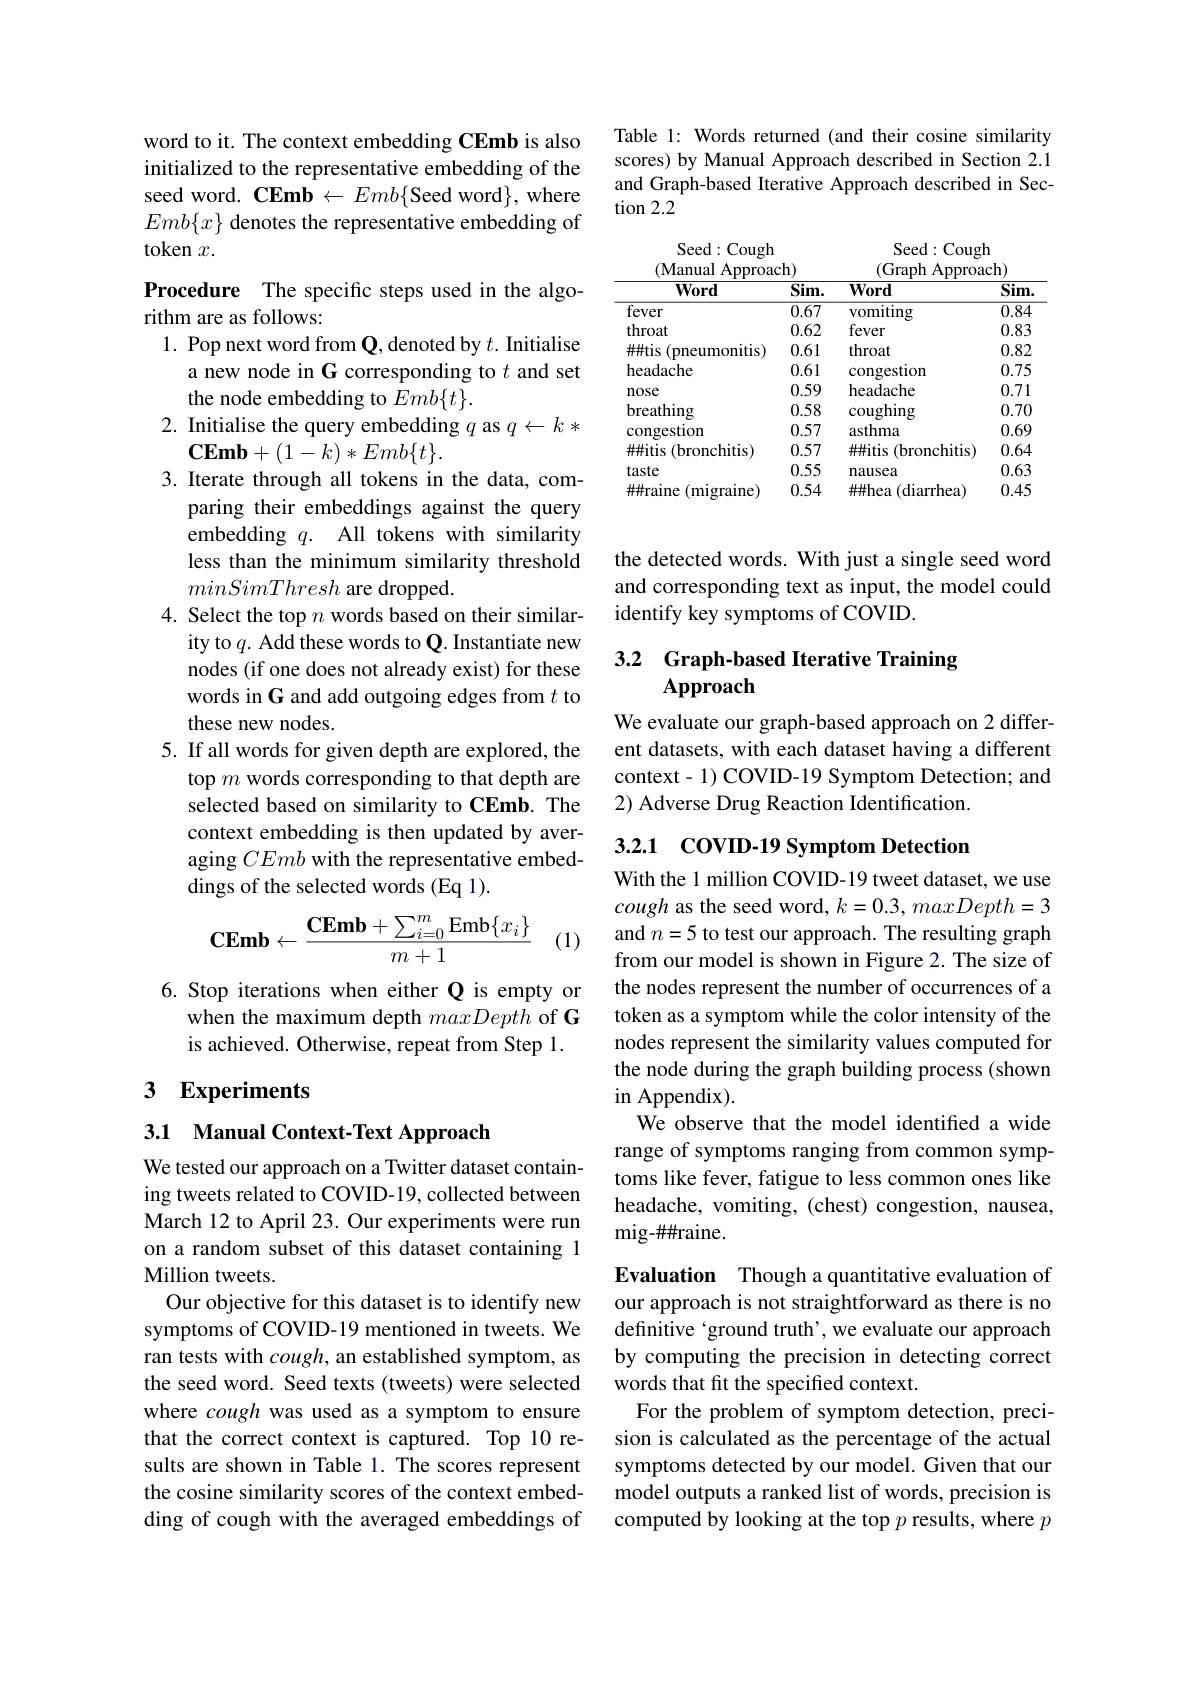
word to it. The context embedding CEmb is also initialized to the representative embedding of the seed word. CEmb$\leftarrow Emb\{$Seed word$\}$,where $Emb\{x\}$ denotes the representative embedding of token $x.$

Procedure The specific steps used in the algo-
rithm are as follows:
1. Pop next word from $\mathbf{Q}$, denoted by $t.$ Initialise
a new node in G corresponding to $t$ and set
the node embedding to $Emb\{t\}.$
2. Initialise the query embedding $q$ as $q\leftarrow k*$
$\mathbf{CEmb}+(1-k)*Emb\{t\}.$
3. Iterate through all tokens in the data, com-
paring their embeddings against the query embedding $q.$ All tokens with similarity less than the minimum similarity threshold minSimThresh are dropped.
4. Select the top $n$ words based on their similar-
ity to $q.$ Add these words to Q. Instantiate new nodes (if one does not already exist) for these words in G and add outgoing edges from $t$ to these new nodes.
5. If all words for given depth are explored, the
top $m$ words corresponding to that depth are selected based on similarity to CEmb. The context embedding is then updated by averaging CEmb with the representative embeddings of the selected words (Eq 1).
$$\mathbf{CEmb}\leftarrow\frac{\mathbf{CEmb}+\sum_{i=0}^{m}\mathbf{Emb}\{x_{i}\}}{m+1}$$
(1)

6. Stop iterations when either Q is empty or
when the maximum depth maxDepth of G
is achieved. Otherwise, repeat from Step 1.

## 3 Experiments

## 3.1 Manual Context-Text Approach

We tested our approach on a Twitter dataset containing tweets related to COVID-19, collected between March 12 to April 23. Our experiments were run on a random subset of this dataset containing 1 Million tweets.
Our objective for this dataset is to identify new symptoms of COVID-19 mentioned in tweets. We ran tests with cough, an established symptom, as the seed word. Seed texts (tweets) were selected where cough was used as a symptom to ensure that the correct context is captured. Top 10 results are shown in Table 1. The scores represent the cosine similarity scores of the context embedding of cough with the averaged embeddings of

Table 1: Words returned (and their cosine similarity scores) by Manual Approach described in Section 2.1 and Graph-based Iterative Approach described in Section 2.2

Seed: Cough
Seed: Cough (Manual Approach)
(Graph Approach)
<table>
	<tbody>
		<tr>
			<th>Word</th>
			<th>$\overline{\mathrm{Sim.}}$</th>
			<th>Word</th>
			<th>$\overline{\mathbf{Sim}}.$</th>
		</tr>
		<tr>
			<td>fever</td>
			<td>0.67</td>
			<td>vomiting</td>
			<td>0.84</td>
		</tr>
		<tr>
			<td>throat</td>
			<td>0.62</td>
			<td>fever</td>
			<td>0.83</td>
		</tr>
		<tr>
			<td>$\#\#$tis (pneumonitis)</td>
			<td>0.61</td>
			<td>throat</td>
			<td>0.82</td>
		</tr>
		<tr>
			<td>headache</td>
			<td>0.61</td>
			<td>congestion</td>
			<td>0.75</td>
		</tr>
		<tr>
			<td>nose</td>
			<td>0.59</td>
			<td>headache</td>
			<td>0.71</td>
		</tr>
		<tr>
			<td>breathing</td>
			<td>0.58</td>
			<td>$\operatorname{coughing}$</td>
			<td>0.70</td>
		</tr>
		<tr>
			<td>congestion</td>
			<td>0.57</td>
			<td>asthma</td>
			<td>0.69</td>
		</tr>
		<tr>
			<td>$\#\#itis$ s (bronchitis)</td>
			<td>0.57</td>
			<td>$\#\#$itis (bronchitis)</td>
			<td>0.64</td>
		</tr>
		<tr>
			<td>taste</td>
			<td>0.55</td>
			<td>nausea</td>
			<td>0.63</td>
		</tr>
		<tr>
			<td>##raine $({\mathrm{migraine}})$</td>
			<td>0.54</td>
			<td>$\#\#hea$ (diarrhea</td>
			<td>0.45</td>
		</tr>
	</tbody>
</table>

the detected words. With just a single seed word and corresponding text as input, the model could identify key symptoms of COVID.

# 3.2 Graph-based Iterative Training $\mathbf{Approach}$

We evaluate our graph-based approach on 2 different datasets, with each dataset having a different context-1) COVID-19 Symptom Detection; and 2) Adverse Drug Reaction Identification.

## 3.2.1 COVID-19 Symptom Detection

With the 1 million COVID-19 tweet dataset, we use cough as the seed word, $k=0.3,maxDepth=3$ and $n=5$ to test our approach. The resulting graph from our model is shown in Figure 2. The size of the nodes represent the number of occurrences of a token as a symptom while the color intensity of the nodes represent the similarity values computed for the node during the graph building process (shown in Appendix).
We observe that the model identified a wide range of symptoms ranging from common symptoms like fever, fatigue to less common ones like headache, vomiting, (chest) congestion, nausea, mig-###raine.

Evaluation Though a quantitative evaluation of our approach is not straightforward as there is no definitive ‘ground truth’, we evaluate our approach by computing the precision in detecting correct words that fit the specified context.
For the problem of symptom detection, precision is calculated as the percentage of the actual symptoms detected by our model. Given that our model outputs a ranked list of words, precision is computed by looking at the top $p$ results, where $p$